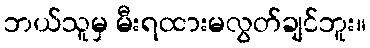
ဘယ်သူမှ မီးရထားမလွတ်ချင်ဘူး။